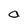
Character: O